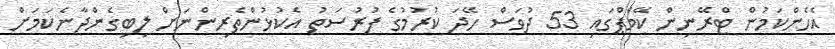
އެހެންކަމުން ޓްރޭނިން ކޭމްޕްގައި 53 ދުވަސް ހޭދަ ކުރުމުގެ ފުރުސަތު އެކުޅުންތެރިންނަށް ލިބިގެންދާނެކަމަށް